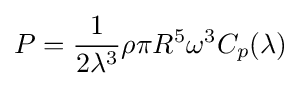
P={\frac {1}{2\lambda ^{3}}}\rho \pi R^{5}\omega ^{3}C_{p}(\lambda )